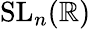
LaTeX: \mathrm{{SL}}_{n}(\mathbb{R})